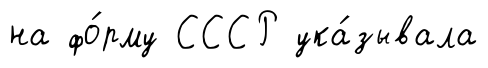
на фо́рму СССР ука́зывала